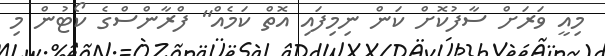
މިއީ ވަރަށް ސާފުކޮށް ކަން ނިމިފައި އޮތް ކަމެއް" ފްރާންސްގެ ކޯޓުން މި